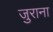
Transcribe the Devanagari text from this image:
जुराना